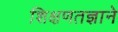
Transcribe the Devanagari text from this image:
शिक्षणतज्ञाने